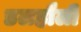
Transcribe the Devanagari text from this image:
डलहौली